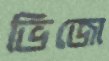
ভিজো